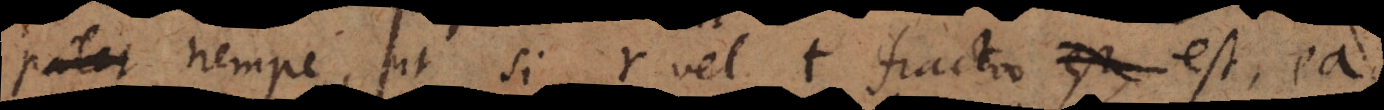
aequ.. Nempe, ut si r vel t fractio est, ea